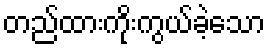
တည်ထားကိုးကွယ်ခဲ့သော